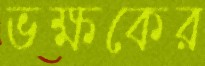
ভক্ষকের